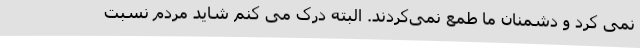
نمی کرد و دشمنان ما طمع نمی‌کردند. البته درک می کنم شاید مردم نسبت